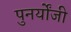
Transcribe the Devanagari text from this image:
पुनर्योंजी